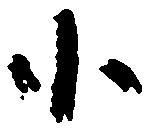
小